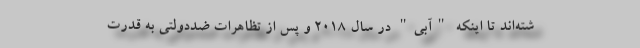
شته‌اند تا اینکه "آبی" در سال 2018 و پس از تظاهرات ضددولتی به قدرت